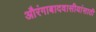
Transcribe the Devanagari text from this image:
औरंगाबादवासीयांसाठी